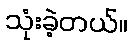
သုံးခဲ့တယ်။